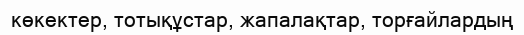
көкектер, тотықұстар, жапалақтар, торғайлардың